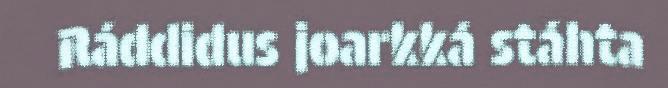
Ráddidus joarkká stáhta